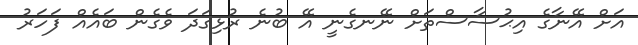
އަށް އޭނާގެ އިޙުސާސްތަށް ނޭނގެނީ އޭ ބުނެ ރުޅިގަދަ ވެގެން ބައެއް ފަހަރު